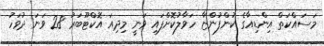
މަސައްކަތް އިންޑިއާގެ ކުންފުންޏާ ހަވާލުކޮށްފައި ވަނީ މިދިއަ އޮކްޓޫބަރު 28 ވަނަ ދުވަހު